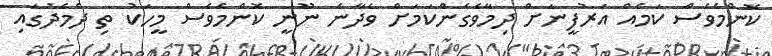
ކޮންމެވެސް ކަމެއް އަރުފީނަށް ދިމާވެގެންކަމަށް ވެދާނެ ނޫނީ ކޮންމެވެސް މީހަކު ތި ދެމެދުގައި